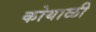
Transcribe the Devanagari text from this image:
कोयाळी